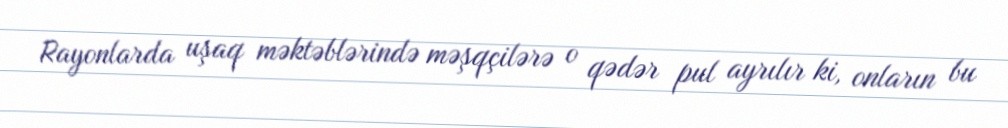
Rayonlarda uşaq məktəblərində məşqçilərə o qədər pul ayrılır ki, onların bu